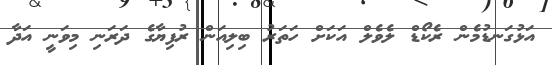
އަޅުގަނޑުމެން ރެކޯޑް ލެވެލް އަކަށް ހަތަރު ބިލިއަން ރުފިޔާގެ ދަރަނި މިވަނީ އަދާ